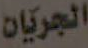
الجريان